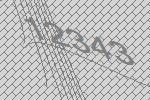
12343